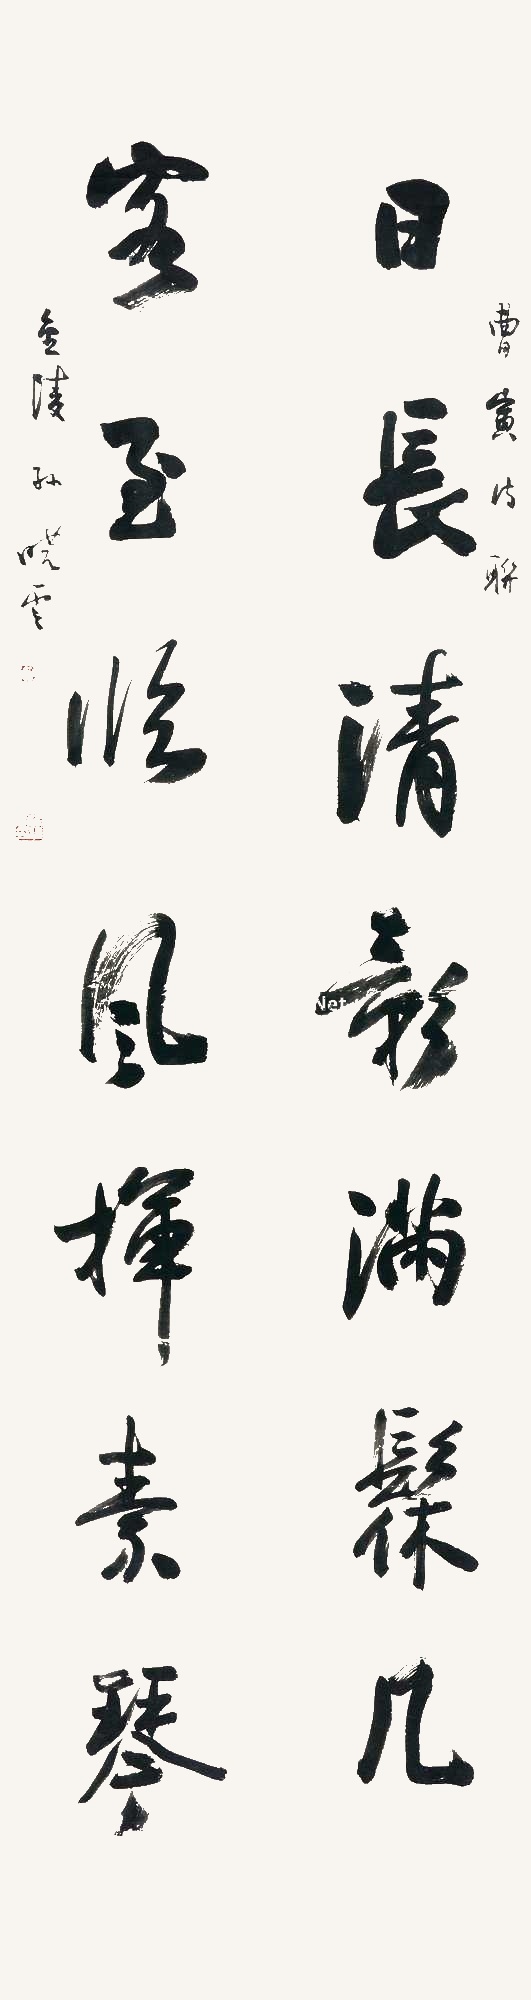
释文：日长清影满髹几，客至临风挥素琴。曹寅诗联，金陵孙晓云。